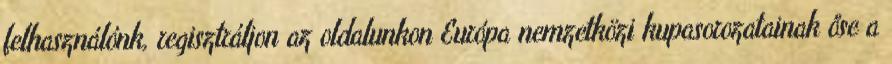
felhasználónk, regisztráljon az oldalunkon Európa nemzetközi kupasorozatainak őse a